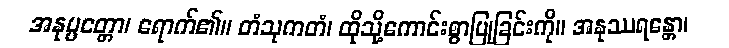
အနုပ္ပတ္တော၊ ရောက်၏။ တံသုကတံ၊ ထိုသို့ကောင်းစွာပြုခြင်းကို။ အနုဿရန္တော၊